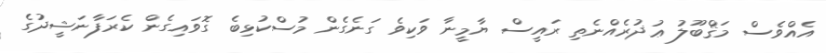
އެއްވެސް މަޤްބޫލު ޢުޛުރެއްނެތި ރައީސް ޔާމީނާ ވަކިވެ ގަނެގެން މުސްކުޅިބެ ގޮވައިގެން ކެރަފާނަޝީދުގެ